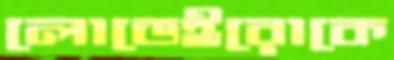
লোডেইরোকে